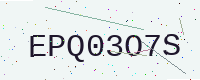
Text: EPQ03O7S